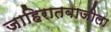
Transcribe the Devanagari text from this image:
जाहिरातबाजीला